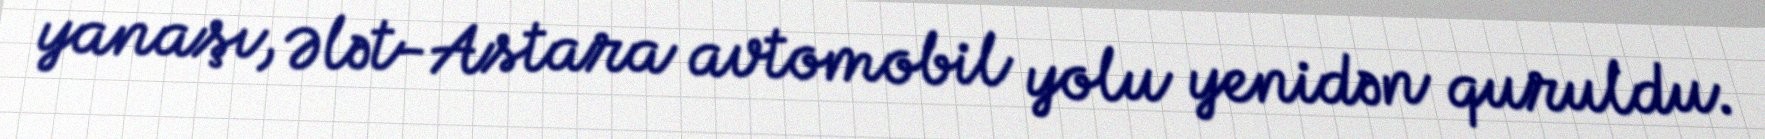
yanaşı, Ələt-Astara avtomobil yolu yenidən quruldu.